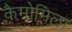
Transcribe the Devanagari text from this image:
कैमोमिला